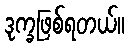
ဒုက္ခဖြစ်ရတယ်။